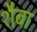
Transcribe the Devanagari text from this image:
शैबा